Joelahtme_vallakohus, lk 6
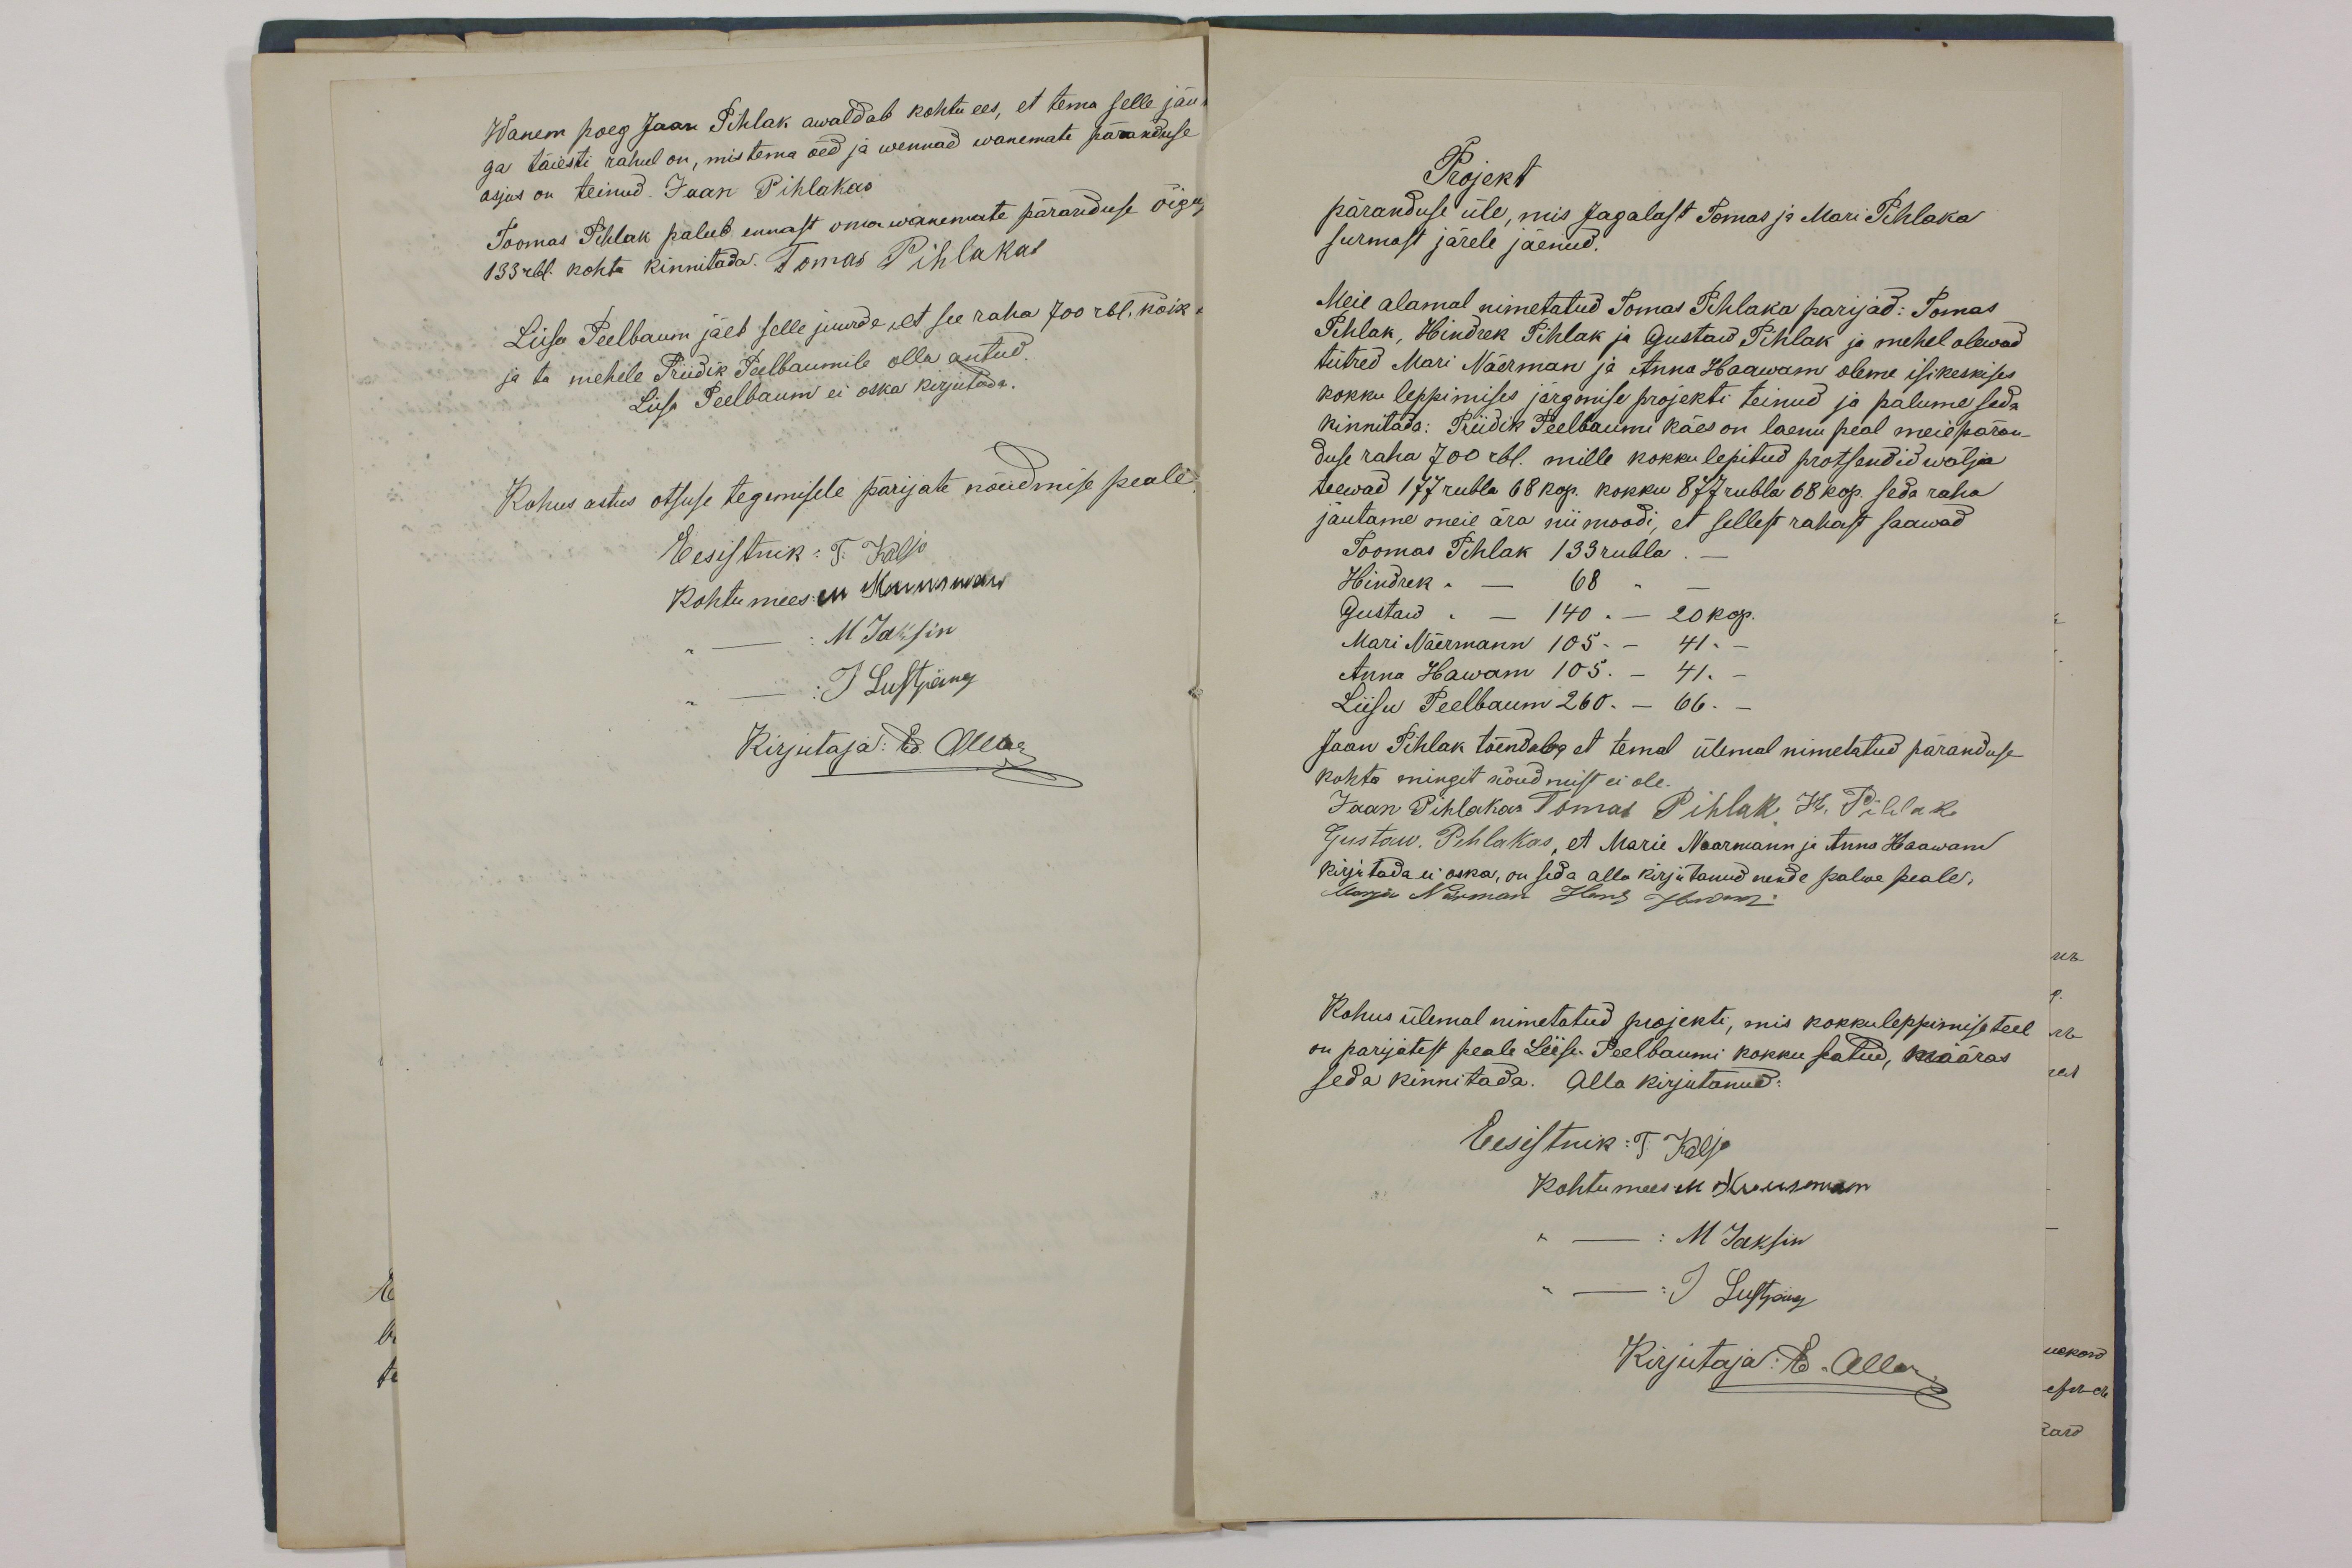
Wanem poeg Jaan Pihlak awaldab kohtu ees, et tema selle jäu
ga täiesti rahul on, mis tema õed ja wennad wanemate päranduse
asjus on teinud. Jaan Pihlakas
Toomas Pihlak palub ennast oma wanemate päranduse õigus
133 rbl. kohta kinnitada. Tomas Pihlakas
Liisa Peelbaum jäeb selle juurde, et see raha 700 rbl. koik
ja ta mehele Priidik Peelbaumile olla antud
Liisa Peelbaum ei oska kirjutada.
Kohus astus otsuse tegemisele pärijate nõudmise peale
Eesistnik: T. Kaljo
Kohtumees: on Mannisiwans
M Jaksin
J Lustpärg
Kirjutaja: Ed. Allaar

Projekt
päranduse üle, mis Jagalast Tomas ja Mari Pihlaka
surmast järele jäenud.
Meie alamal nimetatud Tomas Pihlaka parijad: Tomas
Pihlak, Hindrek Pihlak ja Gustaw Pihlak ja mehel olewad
tütred Mari Näerman ja Anna Haawam oleme isikeskiks
kokku leppimises järgmise projekti teinud ja palume seda
kinnitada: Priidik Peelbaumi käes on laenu peal meie päran
duse raha 700 rbl. mille kokku lepitud protsendid wälja
teewad 177 rubla 68 kop. kokku 877 rubla 68 kop seda raha
jautame meie ära nii moodi, et sellest rahast saawad
Toomas Pihlak 133 rubla
Hindrik  "  --       68  "  --
Gustaw  "  --      140 "  -- 20 kop.
Mari Näermann 105  " --41 "  --
Anna Hawam      105 "  -- 41"  --
Liisu Peelbaum    260 " -- 66 "  --
Jaan Pihlak tõendab, et temal ülemal nimetatud päranduse
kohta mingit nõudmist ei ole.
Jaan Pihlakas Tomas Pihlak H. Pilhak,
Gustaw. Pihlakas, et Marie Naarmann ja Anna Haawam
kirjutada ei oska, on seda alla kirjutanud nende palwe peale.
Karja Närman Hans Hawam
Kohus ülemal nimetatud projekti, mis kokkuleppimise teel
on pärijatest peale Liisa. Peelbaumi kokku seatud, määras
seda kinnitada. Alla kirjutanud:
Eesistnik: T. Kaljo
Kohtumees M. Kuusmann
M Jaksin
J Lustpärg
Kirjutaja: E. Alla